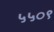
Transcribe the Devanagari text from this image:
५५०९